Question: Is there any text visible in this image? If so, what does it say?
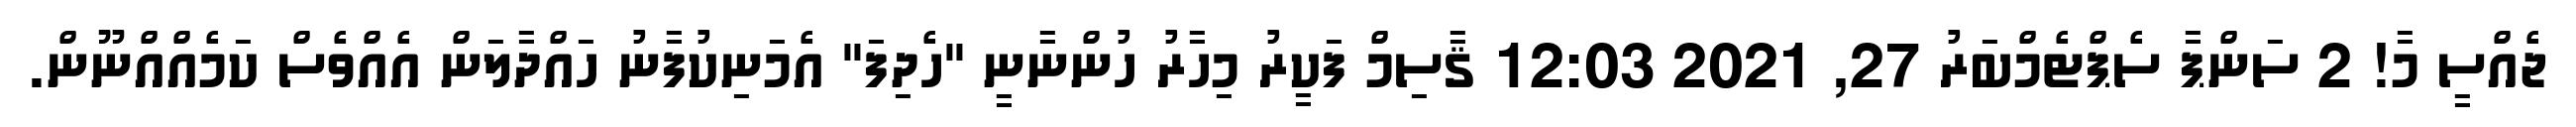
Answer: ޖެއްސީ މާ! 2 ސަންޕާ ސެޕްޓެމްބަރު 27, 2021 12:03 ޤާސިމް ފަކީރު މިހާރު ހުންނާނީ "ހެދިފަ" އެމަނިކުފާނު ހައްދާލަން އެއްވެސް ކަމެއްއްނޫން.